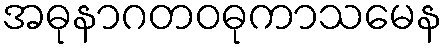
အဓုနာဂတဝဓုကာသမေန